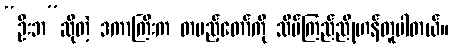
“ဦးဘ”ဆိုတဲ့ ဒကာကြီးက တပည့်တော်ကို သိပ်ကြည်ညိုဟန်တူပါတယ်။